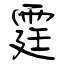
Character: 霆